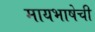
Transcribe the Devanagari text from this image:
मायभाषेची